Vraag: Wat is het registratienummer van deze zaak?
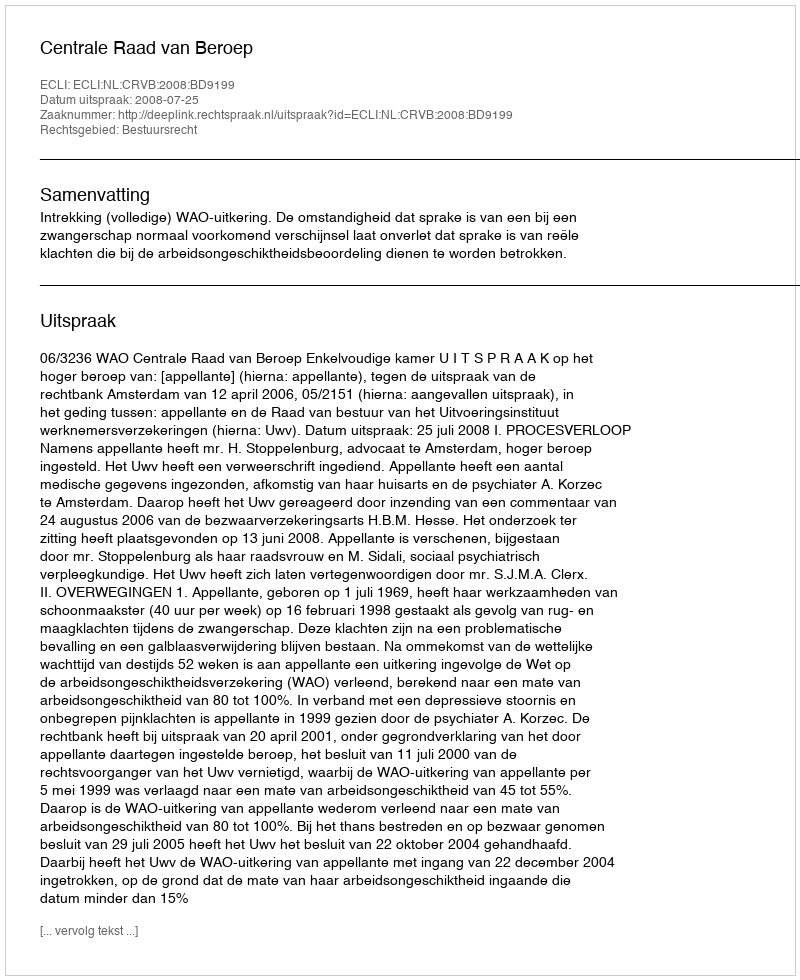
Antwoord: http://deeplink.rechtspraak.nl/uitspraak?id=ECLI:NL:CRVB:2008:BD9199